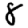
Digit: 8